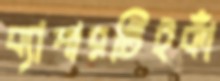
ব্যাপারটিইকাঁ